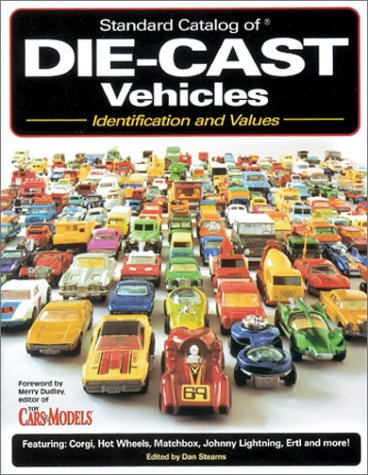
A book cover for Standard Catalog of Die-Cast Vehicles: Identification and Values; Crafts, Hobbies & Home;